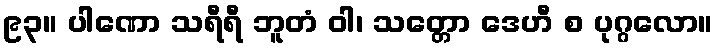
၉၃။ ပါဏော သရီရီ ဘူတံ ဝါ၊ သတ္တော ဒေဟီ စ ပုဂ္ဂလော။